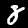
Digit: 8